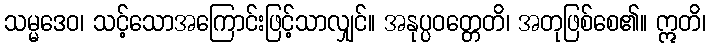
သမ္မဒေဝ၊ သင့်သောအကြောင်းဖြင့်သာလျှင်။ အနုပ္ပဝတ္တေတိ၊ အတုဖြစ်စေ၏။ ဣတိ၊